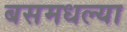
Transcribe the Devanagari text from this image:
बसमधल्या